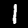
Digit: 1